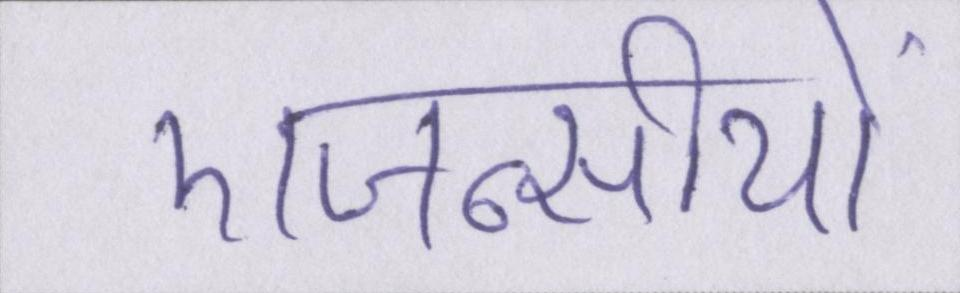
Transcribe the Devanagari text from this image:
एजन्सीयों